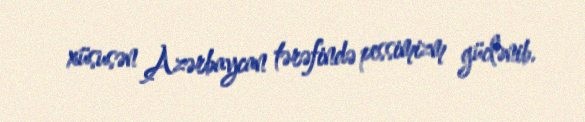
xüsusən Azərbaycan tərəfində pessimizm güclənib.